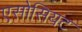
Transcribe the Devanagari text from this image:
एसोसियट